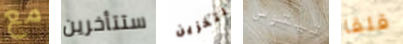
مع ستتأخرين لتخزين تيتوس قلقا